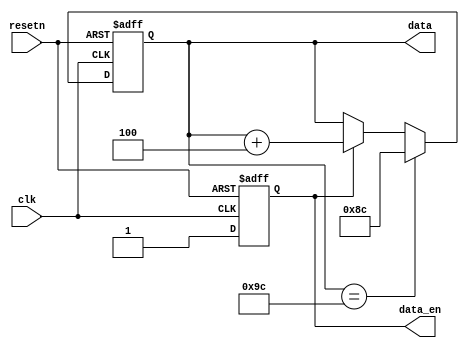
module data_generation_7(input clk, input resetn, output reg data_en, output reg [7:0] data);

 always@(posedge clk or negedge resetn)
 if(resetn == 1'b0)
 data_en <= 1'b0;
 else
 data_en <= 1'b1;


 always@(posedge clk or negedge resetn)
 if(resetn == 1'b0)
 data <= 8'd140;
 else if(data == 8'd156)
 data <= 8'd140;
 else if(data_en == 1'b1)
 data <= data + 3'd4;
 else
 data <= data;
 
endmodule